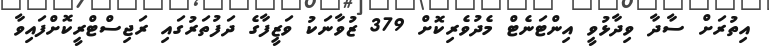
އިތުރަށް ސާދާ ވިދާޅުވީ އިންޓަނެޓް މެދުވެރިކޮށް 379 ޒުވާނަކު ވަޒީފާގެ ދަފުތަރުގައި ރަޖިސްޓްރީކޮށްފައިވާ